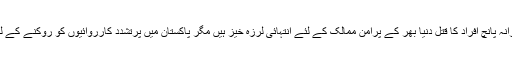
جدید ترین ڈیجیٹل دور میں کسی ملک کے کاسموپولیٹن شہر میں اوسطاً روزانہ پانچ افراد کا قتل دنیا بھر کے پرامن ممالک کے لئے انتہائی لرزہ خیز ہیں مگر پاکستان میں پرتشدد کارروائیوں کو روکنے کے لئے اب تک جتنے بھی اقدام کیے گئے ، وہ تمام عارضی نوعیت کے تھے ۔